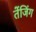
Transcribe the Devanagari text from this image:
तेंजिंग